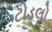
ટોડલો